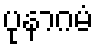
ပုနာဂမံ